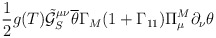
\begin{align*}\frac{1}{2}g(T)\tilde{\mathcal{G}}_S^{\mu\nu}\overline{\theta}\Gamma_M(1+\Gamma_{11})\Pi^M_{\mu}\partial_{\nu}\theta\end{align*}